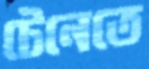
টেনেতে